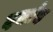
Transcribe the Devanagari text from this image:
दर्जाच